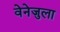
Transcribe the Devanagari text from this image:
वेनेजुला